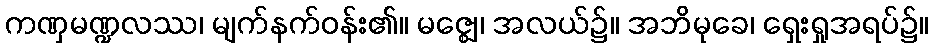
ကဏှမဏ္ဍလဿ၊ မျက်နက်ဝန်း၏။ မဇ္ဈေ၊ အလယ်၌။ အဘိမုခေ၊ ရှေးရှုအရပ်၌။